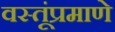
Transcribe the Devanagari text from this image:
वस्तूंप्रमाणे